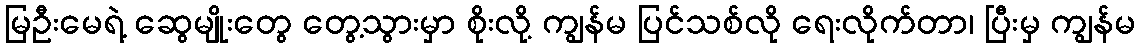
မြဦးမေရဲ့ ဆွေမျိုးတွေ တွေ့သွားမှာ စိုးလို့ ကျွန်မ ပြင်သစ်လို ရေးလိုက်တာ၊ ပြီးမှ ကျွန်မ